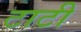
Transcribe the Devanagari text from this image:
टाटी